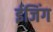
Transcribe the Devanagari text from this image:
ईजिंग